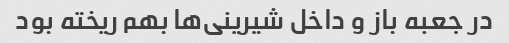
در جعبه باز و داخل شیرینی‌ها بهم ریخته بود